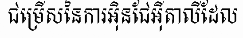
ជម្រើសនៃការអ៊ិនជែអ៊ីតាលីដែល